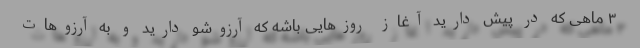
۳ ماهی که در پیش دارید آغاز روزهایی باشه که آرزوشو دارید و به آرزوهات